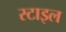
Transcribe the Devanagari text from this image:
स्‍टाइल